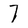
Character: T